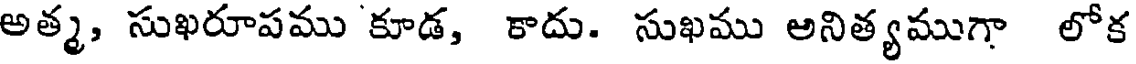
అత్మ, సుఖరూపము కూడ, కాదు. సుఖము అనిత్యముగా లోక